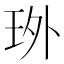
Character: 𤤫